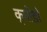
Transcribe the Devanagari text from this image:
क्योडो